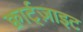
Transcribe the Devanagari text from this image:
क्वार्ट्‌ज़ाइट